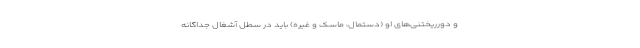
و دورریختنی‌های او (دستمال، ماسک و غیره) باید در سطل آشغال جداگانه